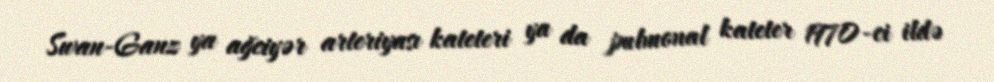
Swan-Ganz ya ağciyər arteriyası kateteri ya da pulmonal kateter 1970-ci ildə